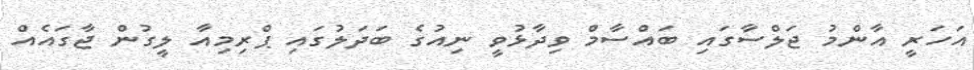
އަހަރީ އާންމު ޖަލްސާގައި ބައްސާމް ވިދާޅުވީ ނިއުގެ ބަދަލުގައި ޕްރިމިއާ ލީގުން ޖާގައެއް